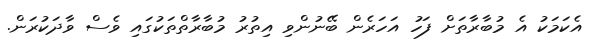
އެކަމަކު އެ މުބާރާތަށް ފަހު އަހަރެން ބޭނުންވި އިތުރު މުބާރާތްތަކުގައި ވެސް ވާދަކުރަން.